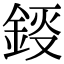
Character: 鋄